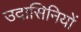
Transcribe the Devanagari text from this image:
उदासिनियों